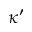
\kappa ^ { \prime }